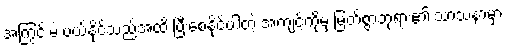
အကြွင်းမဲ့ ပယ်နိုင်သည်အထိ ပြီးစေနိုင်ပါတဲ့ အကျင့်ကိုမှ မြတ်စွာဘုရား၏ သာသနာမှာ